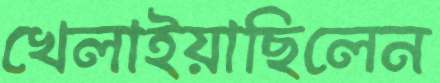
খেলাইয়াছিলেন